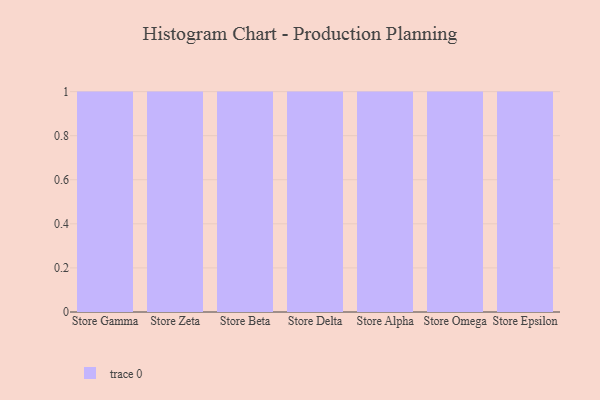
{"axis": {"x": "Store", "y": "Headcount"}, "legend": [""], "data": [{"x": "Store Gamma", "y": 100, "type": ""}, {"x": "Store Zeta", "y": 47, "type": ""}, {"x": "Store Beta", "y": 83, "type": ""}, {"x": "Store Delta", "y": 11, "type": ""}, {"x": "Store Alpha", "y": 45, "type": ""}, {"x": "Store Omega", "y": 5, "type": ""}, {"x": "Store Epsilon", "y": 39, "type": ""}]}